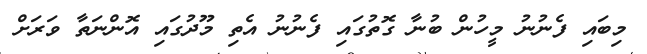
މިބައި ފެނުނު މީހުން ބުނާ ގޮތުގައި ފެނުނު އެތި މޫދުގައި އޮންނަތާ ވަރަށް